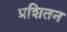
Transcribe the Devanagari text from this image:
प्रशितन